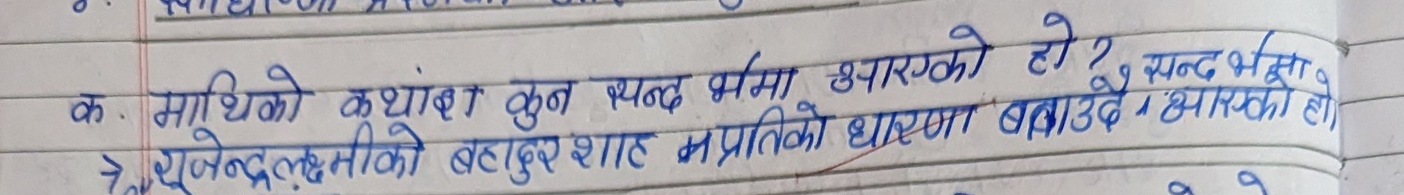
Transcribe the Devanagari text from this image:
क. माथिको कथांश कुन खण्डमा उतारिएको हो ?
> यूलिन्द्रलक्ष्मीको बहादुर शाह मप्रतिको धारणा बनाउँदै आएको हो।